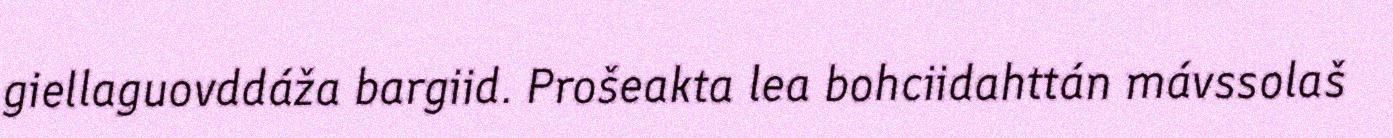
giellaguovddáža bargiid. Prošeakta lea bohciidahttán mávssolaš